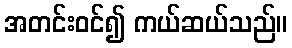
အတင်းဝင်၍ ကယ်ဆယ်သည်။